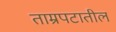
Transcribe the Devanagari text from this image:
ताम्रपटातील